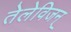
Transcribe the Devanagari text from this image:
तेलेविजन्